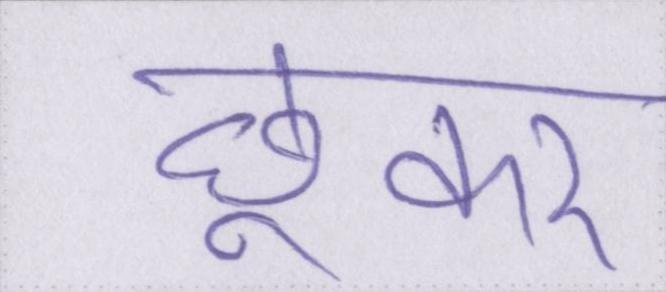
छूकर